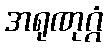
အရုဏုဂ္ဂံ